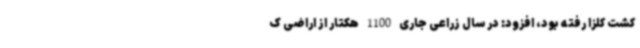
کشت کلزا رفته بود، افزود: در سال زراعی جاری 1100 هکتار از اراضی ک